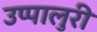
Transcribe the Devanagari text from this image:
उप्पालुरी